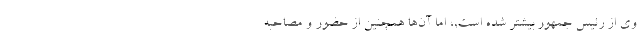
وی از رئیس جمهور بیشتر شده است,، اما آن‌ها همچنین از حضور و مصاحبه